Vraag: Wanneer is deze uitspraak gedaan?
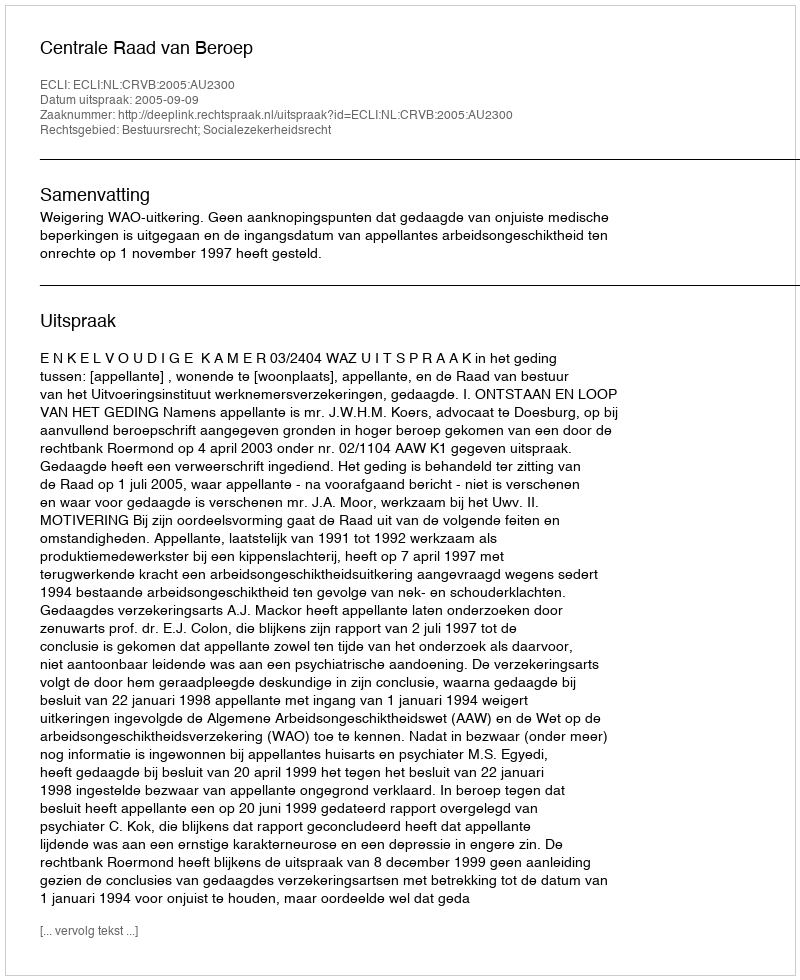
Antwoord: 2005-09-09